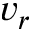
v _ { r }